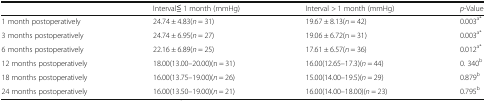
<table><thead><tr><td></td><td><b>Interval≦ 1 month (mmHg)</b></td><td><b>Interval &gt; 1 month (mmHg)</b></td><td><b><i>p</i>-Value</b></td></tr></thead><tbody><tr><td>1 month postoperatively</td><td>24.74 ± 4.83(<i>n</i> = 31)</td><td>19.67 ± 8.13(<i>n</i> = 42)</td><td>0.003<sup>a*</sup></td></tr><tr><td>3 months postoperatively</td><td>24.74 ± 6.95(<i>n</i> = 27)</td><td>19.06 ± 6.72(n = 31)</td><td>0.003<sup>a*</sup></td></tr><tr><td>6 months postoperatively</td><td>22.16 ± 6.89(<i>n</i> = 25)</td><td>17.61 ± 6.57(<i>n</i> = 36)</td><td>0.012<sup>a*</sup></td></tr><tr><td>12 months postoperatively</td><td>18.00(13.00–20.00)(n = 31)</td><td>16.00(12.65–17.3)(<i>n</i> = 44)</td><td>0. 340<sup>b</sup></td></tr><tr><td>18 months postoperatively</td><td>16.00(13.75–19.00)(<i>n</i> = 26)</td><td>15.00(14.00–19.5)(<i>n</i> = 29)</td><td>0.879<sup>b</sup></td></tr><tr><td>24 months postoperatively</td><td>16.00(13.50–19.00)(<i>n</i> = 21)</td><td>16.00(14.00–18.00)(<i>n</i> = 23)</td><td>0.795<sup>b</sup></td></tr></tbody></table>